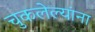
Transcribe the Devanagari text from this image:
चुकलेल्यांना